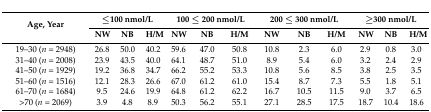
| <ROWSPAN=2> Age, Year | <COLSPAN=3> ≤100 nmol/L | <COLSPAN=3> 100 ≤ 200 nmol/L | <COLSPAN=3> 200 ≤ 300 nmol/L | <COLSPAN=3> ≥300 nmol/L |
 | NW | NB | H/M | NW | NB | H/M | NW | NB | H/M | NW | NB | H/M |
 | --- | --- | --- | --- | --- | --- | --- | --- | --- | --- | --- | --- | --- |
 | 19–30 (n = 2948) | 26.8 | 50.0 | 40.2 | 59.6 | 47.0 | 50.8 | 10.8 | 2.3 | 6.0 | 2.9 | 0.8 | 3.0 |
 | 31–40 (n = 2008) | 23.9 | 43.5 | 40.0 | 64.1 | 48.7 | 51.0 | 8.9 | 5.4 | 6.0 | 3.2 | 2.4 | 2.9 |
 | 41–50 (n = 1929) | 19.2 | 36.8 | 34.7 | 66.2 | 55.2 | 53.3 | 10.8 | 5.6 | 8.5 | 3.8 | 2.5 | 3.5 |
 | 51–60 (n = 1516) | 12.1 | 28.3 | 26.6 | 67.0 | 61.2 | 61.0 | 15.4 | 8.7 | 7.3 | 5.5 | 1.8 | 5.1 |
 | 61–70 (n = 1684) | 9.5 | 24.6 | 19.9 | 64.8 | 61.2 | 62.2 | 16.7 | 10.5 | 11.5 | 9.0 | 3.7 | 6.5 |
 | >70 (n = 2069) | 3.9 | 4.8 | 8.9 | 50.3 | 56.2 | 55.1 | 27.1 | 28.5 | 17.5 | 18.7 | 10.4 | 18.6 |